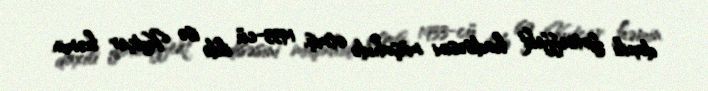
daxili fotoeffekt hadisəsini müşahidə etmiş, 1933‐cü ildə isə Kutçer həmin